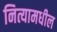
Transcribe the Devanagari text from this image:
नित्यामधील